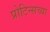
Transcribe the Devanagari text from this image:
प्रोटिन्सच्या